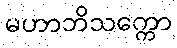
မဟာဘိသက္ကော